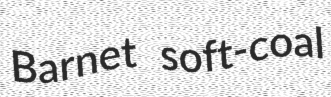
Barnet soft-coal